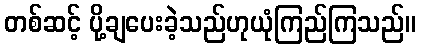
တစ်ဆင့် ပို့ချပေးခဲ့သည်ဟုယုံကြည်ကြသည်။